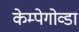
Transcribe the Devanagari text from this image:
केम्पेगोव्डा